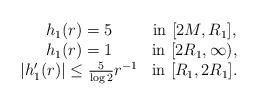
LaTeX: \begin{align*}\begin{array}{cc}h_1(r)= 5 & \textup{in}\ [2M,R_1],\\h_1(r)= 1 & \textup{in}\ [2R_1,\infty),\\|h_1'(r)|\leq \frac{5}{\log 2}r^{-1}& \textup{in}\ [R_1,2R_1].\end{array}\end{align*}